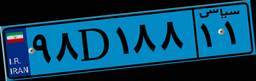
۹۸D۱۸۸۱۱